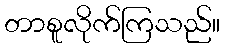
တာစူလိုက်ကြသည်။